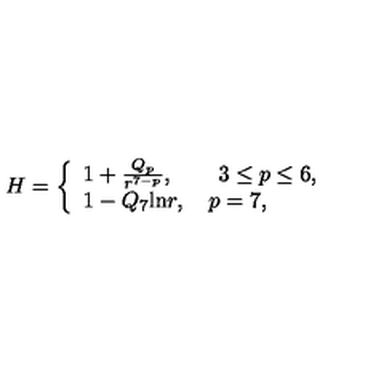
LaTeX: H = \left\{ \begin{array} { l } { 1 + \frac { Q _ { p } } { r ^ { 7 - p } } , \qquad 3 \le p \le 6 , } \\ { 1 - Q _ { 7 } \mathrm { l n } r , \quad p = 7 , } \\ \end{array} \right.